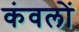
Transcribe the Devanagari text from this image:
कंवलों